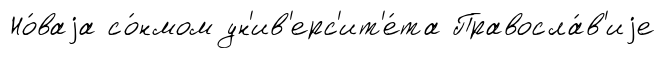
Но́ваjа со́нмом ун'ив'ерс'ит'е́та Правосла́в'иjе